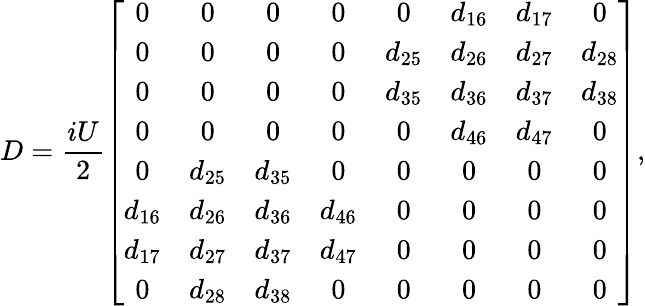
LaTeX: D=\frac{iU}{2}\left[\begin{array}{cccccccc}{0}&{0}&{0}&{0}&{0}&{d_{16}}&{d_{17}}&{0}\\ {0}&{0}&{0}&{0}&{d_{25}}&{d_{26}}&{d_{27}}&{d_{28}}\\ {0}&{0}&{0}&{0}&{d_{35}}&{d_{36}}&{d_{37}}&{d_{38}}\\ {0}&{0}&{0}&{0}&{0}&{d_{46}}&{d_{47}}&{0}\\ {0}&{d_{25}}&{d_{35}}&{0}&{0}&{0}&{0}&{0}\\ {d_{16}}&{d_{26}}&{d_{36}}&{d_{46}}&{0}&{0}&{0}&{0}\\ {d_{17}}&{d_{27}}&{d_{37}}&{d_{47}}&{0}&{0}&{0}&{0}\\ {0}&{d_{28}}&{d_{38}}&{0}&{0}&{0}&{0}&{0}\end{array}\right],